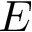
E